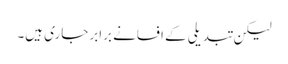
لیکن تبدیلی کے افسانے برابر جاری ہیں۔